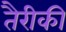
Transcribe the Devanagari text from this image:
तैरीकी